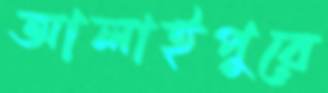
আলাইপুরে